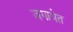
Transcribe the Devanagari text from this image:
जगावेत